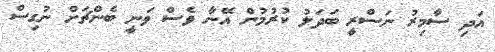
އަދި ސާމިރު ނަސްރީ ބަދަލު ކުރުމުން އޭނާ ވެސް ވަނީ ބެންޗަށް ނުގިސް